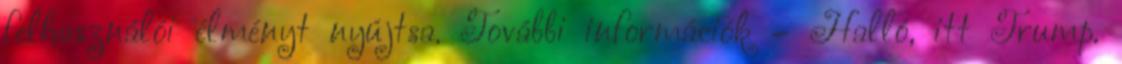
felhasználói élményt nyújtsa. További információk – Halló, itt Trump.